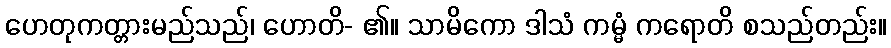
ဟေတုကတ္တားမည်သည်၊ ဟောတိ- ၏။ သာမိကော ဒါသံ ကမ္မံ ကရောတိ စသည်တည်း။